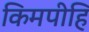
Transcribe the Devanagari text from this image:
किमपीहि